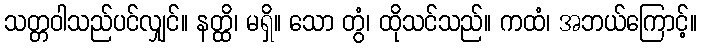
သတ္တဝါသည်ပင်လျှင်။ နတ္ထိ၊ မရှိ။ သော တွံ၊ ထိုသင်သည်။ ကထံ၊ အဘယ်ကြောင့်။